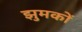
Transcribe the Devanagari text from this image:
झुमकों